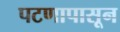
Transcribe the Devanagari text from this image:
पटणापासून